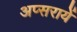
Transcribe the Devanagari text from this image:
अप्सरायें